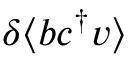
\delta \langle b c ^ { \dagger } v \rangle